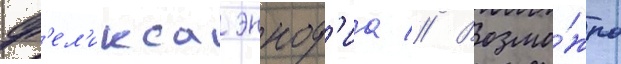
ф'ел'икса эннод'иа // Возмо́жно